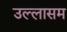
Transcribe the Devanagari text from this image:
उल्लासम